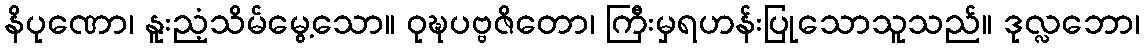
နိပုဏော၊ နူးညံ့သိမ်မွေ့သော။ ဝုဍ္ဎပဗ္ဗဇိတော၊ ကြီးမှရဟန်းပြုသောသူသည်။ ဒုလ္လဘော၊